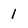
Character: 1